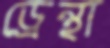
ড্রেন্থা